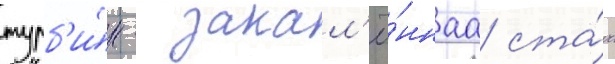
турб'и́н - закал'ё́ннаа ста́ль